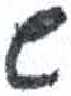
אות: ש